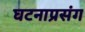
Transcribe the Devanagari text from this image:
घटनाप्रसंग